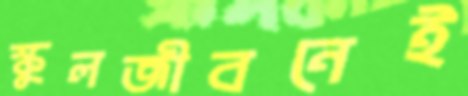
স্কুলজীবনেই